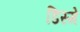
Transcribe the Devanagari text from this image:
डिस्मे